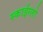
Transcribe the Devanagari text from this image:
स्काईग्लो